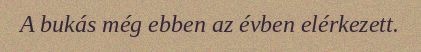
A bukás még ebben az évben elérkezett.